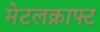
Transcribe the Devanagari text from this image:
मेटलक्राफ्ट